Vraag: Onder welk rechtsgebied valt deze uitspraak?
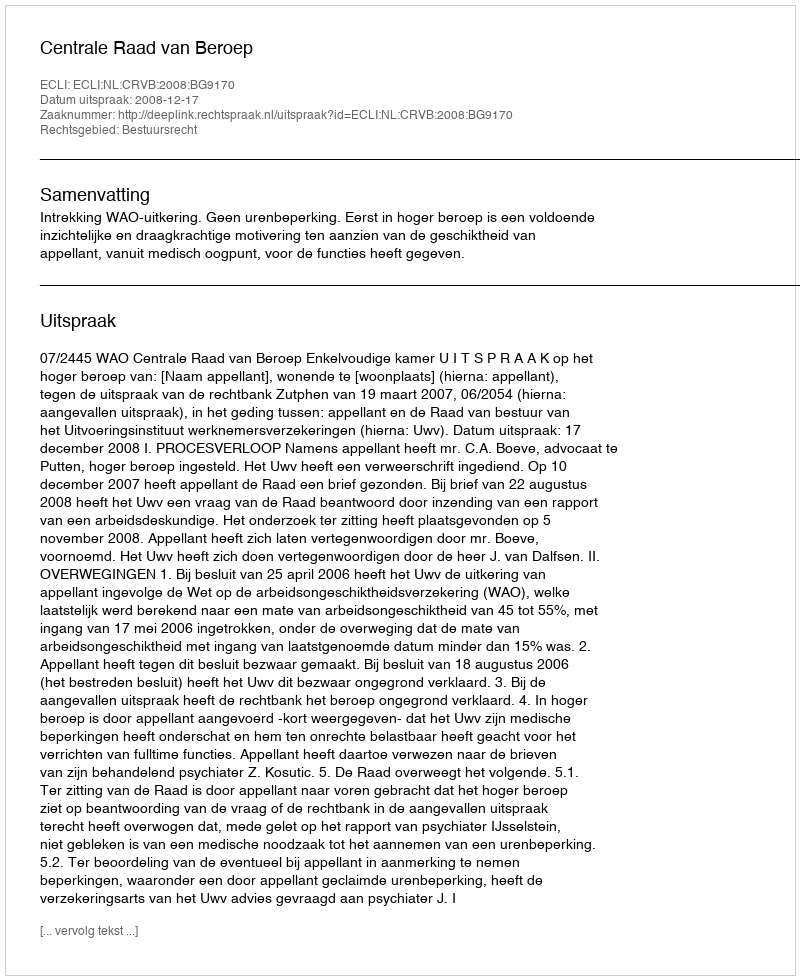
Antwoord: Bestuursrecht